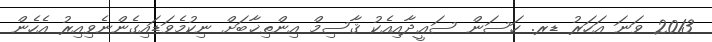
2013 ވަނަ އަހަރު ޑރ. ހަސަން ސަޢީދާއިއެކު ޤާސިމް އިންތިޚާބަށް ނިކުމެވަޑައިގެންނެވިއިރު އެހެން